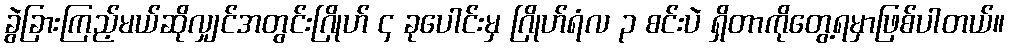
ခွဲခြားကြည့်မယ်ဆိုလျှင်အတွင်းဂြိုဟ် ၄ ခုပေါင်းမှ ဂြိုဟ်ရံလ ၃ စင်းပဲ ရှိတာကိုတွေ့ရမှာဖြစ်ပါတယ်။